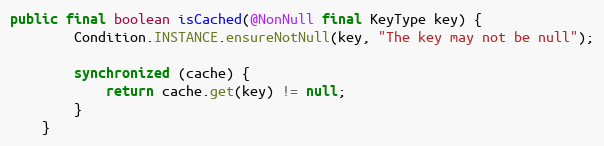
Language: Java
public final boolean isCached(@NonNull final KeyType key) {
        Condition.INSTANCE.ensureNotNull(key, "The key may not be null");

        synchronized (cache) {
            return cache.get(key) != null;
        }
    }